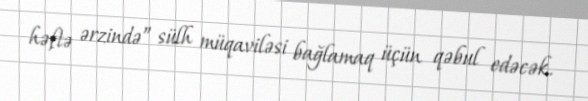
həftə ərzində” sülh müqaviləsi bağlamaq üçün qəbul edəcək.